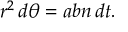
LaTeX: r ^ { 2 } \, d \theta = a b n \, d t .